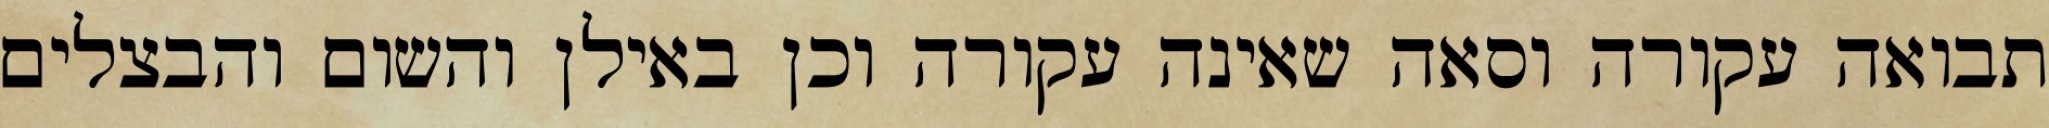
תבואה עקורה וסאה שאינה עקורה וכן באילן והשום והבצלים